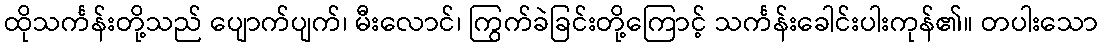
ထိုသင်္ကန်းတို့သည် ပျောက်ပျက်၊ မီးလောင်၊ ကြွက်ခဲခြင်းတို့ကြောင့် သင်္ကန်းခေါင်းပါးကုန်၏။ တပါးသော